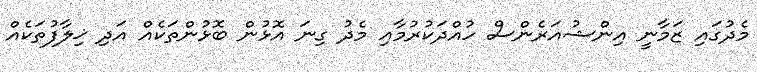
މެދުގައި ޒަމާނީ އިންޝުއަރެންސް ހުއްދަކުރުމާއި މެދު ގިނަ އޮޅުން ބޮޅުންތަކެއް އަދި ޚިލާފުތަކެއް